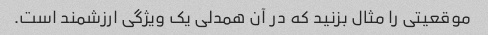
موقعیتی را مثال بزنید که در آن همدلی یک ویژگی ارزشمند است.